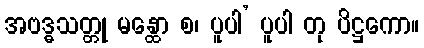
အဗဒ္ဓသတ္တု မန္ထော စ၊ ပူပါ’ ပူပါ တု ပိဋ္ဌကော။